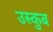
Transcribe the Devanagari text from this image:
उस्कुब